画像に写った文字を読んでください
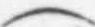
「(」と書いてあります